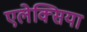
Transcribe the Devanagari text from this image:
एलेक्सिया